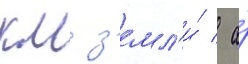
км з'емл'и́ / а́